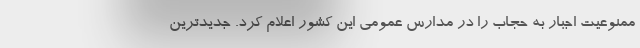
ممنوعیت اجبار به حجاب را در مدارس عمومی این کشور اعلام کرد. جدیدترین